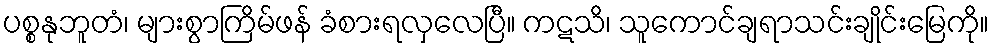
ပစ္စနုဘူတံ၊ များစွာကြိမ်ဖန် ခံစားရလှလေပြီ။ ကဋသိ၊ သူကောင်ချရာသင်းချိုင်းမြေကို။